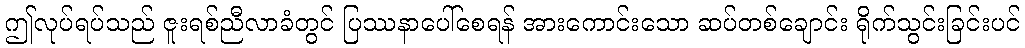
ဤလုပ်ရပ်သည် ဇူးရစ်ညီလာခံတွင် ပြဿနာပေါ်စေရန် အားကောင်းသော ဆပ်တစ်ချောင်း ရိုက်သွင်းခြင်းပင်